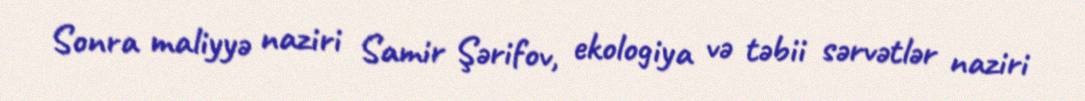
Sonra maliyyə naziri Samir Şərifov, ekologiya və təbii sərvətlər naziri